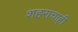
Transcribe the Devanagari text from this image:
शहराचाही